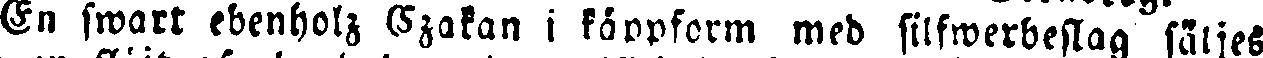
En swart ebenholz (szakan i köppform med silfwerbeslag säljes